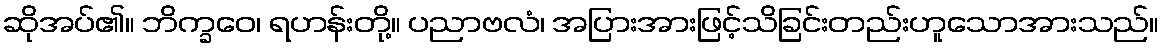
ဆိုအပ်၏။ ဘိက္ခဝေ၊ ရဟန်းတို့။ ပညာဗလံ၊ အပြားအားဖြင့်သိခြင်းတည်းဟူသောအားသည်။